Annual report of the Bengal Veterinary College and of the Civil Veterinary Department, Bengal, for the year 1917-18 - 1917-1918
Year: 1917
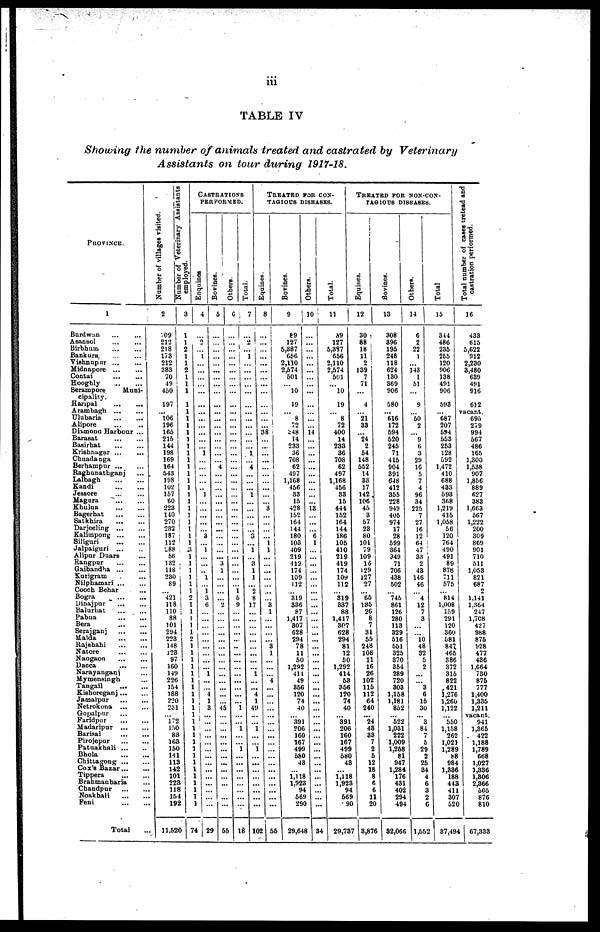
iii
TABLE
I V
Showing
the number
of animals
treated
and
castrated
by
Veterinary
Assistants on
tour
during
1917-18.
PROVINCE.
1
Burdwan ... ...
Asansol ... ...
Birbhum
...
...
Bankura
...
...
Vishnupur
...
...
Midnapore
...
...
Contai
...
...
Hooghly
...
...
Serampore
Muni-
cipality.
Haripal
...
...
Arambagh
...
...
Ulubaria
...
...
Alipore ... ..
Diamond Harbour ...
Barasat
...
...
Basirhat
...
...
Krishnagar ... ...
Chuadanga
Berhampur
...
...
Raghunathganj ...
Lalbagh
...
...
Kandi
...
...
Jessore ... ...
Magura ... ...
Khulna
...
...
Bagerhat
...
...
Satkhira
...
...
Darjeeling
...
...
Kalimpong
...
...
Siliguri
...
...
Jalpaiguri
...
...
Alipur Duars ...
Rangpur
...
...
Gaibandha
...
...
Kurigram . ...
Nilphamari
...
...
Cooch Behar ...
Bogra
...
...
Dinajpur
...
...
Balurhat
...
...
Pabna
...
...
Bera
...
...
Serajganj
...
...
Malda ... ...
Rajshahi
...
...
Natore
...
...
Naogaon
...
...
Dacca
...
...
Narayanganj ...
Mymensingh ...
Tangail
... ...
Kishoreganj ... ...
Jamalpur
...
...
Netrokona
...
...
Gopalpur ...
Faridpur
...
...
Madaripur
...
...
Barisal
...
...
Pirojepur
...
...
Patuakhali
...
..
Bhola
...
...
Chittagong ... ...
Cox's Bazar... ...
Tippera
...
...
Brahmanbaria ...
Chandpur
...
...
Noakhali
...
...
Feni
...
...
Total ...
Nu mb e r of villages visited.
2
109
212
218
173
212
383
70
49
450
197
...
106
196
165
215
144
198
169
164
543
198
102
157
60
223
140
270
232
187
112
288
56
132
118
230
89
...
421
118
110
88
101
294
223
148
123
97
160
149
226
154
188
220
231
...
172
150
83
163
150
141
113
142
101
223
118
154
192
11,520
Number
of
Veterinary
Assistants
employed.
3
1
1
2
1
1
2
1
1
1
1
1
1
1
1
1
1
1
1
1
1
1
1
1
1
1
1
1
1
1
1
3
1
1
1
1
1
1
2
1
1
1
1
1
1
1
1
1
1
1
1
1
1
1
1
1
1
1
1
1
1
1
1
1
1
1
1
1
1
74
CASTRATIONS
PERFORMED.
Enquines
4
...
2
...
1
...
...
...
...
...
...
...
...
...
...
...
...
1
...
...
...
...
..
1
...
...
...
...
...
3
...
1
...
...
..
1
...
1
3
6
...
...
...
...
...
...
...
...
...
1
...
...
1
1
3
...
...
...
...
...
...
...
...
...
...
...
...
...
...
29
Bovines.
5
...
...
...
...
...
...
...
...
...
...
...
...
...
...
...
...
...
...
4
...
...
...
...
...
...
...
...
...
...
...
...
...
3
1
...
...
...
...
2
...
...
...
...
...
...
...
...
...
...
...
...
...
...
45
...
...
...
...
...
...
...
...
...
...
...
...
...
...
55
6
...
...
...
...
...
...
...
...
...
...
...
...
...
...
...
...
...
...
...
...
...
...
...
...
...
...
...
...
...
...
...
...
...
...
...
...
1
5
9
...
...
...
...
...
...
...
...
...
...
...
...
...
...
1
...
...
1
...
...
1 ...
...
...
...
...
...
...
...
Total.
7
...
2
...
1
...
... I
...
...
...
...
...
...
...
...
...
1
...
4
...
...
...
1
...
...
...
...
...
3
...
1
...
3
1
1
...
2
8
17
...
...
...
...
...
...
...
...
...
1
...
...
4
1
49
...
...
1
...
...
1 ...
...
...
...
...
...
...
...
18
TREATED FOR CON¬
TAGIOUS DISEASES.
8
...
...
...
...
...
...
...
...
...
...
...
...
...
38
...
...
...
...
...
...
...
...
...
3
...
...
...
...
1
1
...
...
...
...
...
...
...
3
1
...
...
...
...
3
1
...
...
4
...
...
...
...
...
...
...
...
...
...
...
...
...
...
...
...
...
...
55
Bovines.
9
89
127
5,387
656
2,110
2,574
501
...
10
19
...
8
72
348
14
233
36
708
62
497
1,168
456
33
15
428
152
164
144
180
103
409
219
419
174
109
112
...
319
336
87
1,417
307
628
294
78
11
50
1,292
414
49
356
120
74
40
...
391
206
160
167
499
580
43
...
1,118
1,923
94
569
290
29,648
10
...
...
...
...
...
...
...
...
...
...
...
...
14
...
...
...
...
...
...
...
...
...
...
13
...
...
6
1
...
...
...
...
...
...
...
...
...
...
...
...
...
...
...
...
...
...
...
...
...
...
...
...
...
...
...
...
...
...
...
...
...
...
34
Total.
11
89
127
5,387
656
2,110
2,574
501
...
10
19
...
8
72
400
14
233
36
708
62
497
1,168
456
33
15
444
152
164
144
186
105
410
219
419
174
109
112
...
319
337
88
1,417
307
628
294
81
12
50
1,292
414
53
356
120
74
40
...
391
206
160
167
499
580
43
...
1,118
1,923
94
569
90
29,737
TREATED FOR NON-CON¬
TAGIOUS DISEASES.
Equines.
12
30
88
18
11
2
139
7
71
4
...
21
33
...
24
2
54
148
552
14
33
17
142
106
45
3
57
23
80
101
79
109
16
129
127
27
...
65
135
26
8
7
31
55
248
108
11
16
26
102
115
112
64
240
...
24
43
33
7
2
5
12
18
8
6
6
11
20
3,876
Bovines.
13
308
396
195
248
118
624
130
369
906
580
...
616
172
594
520
245
71
415
904
391
648
412
355
228
949
405
974
17
28
599
364
349
71
706
438
502
...
745
861
126
280
113
329
516
551
325
370
354
289
720
303
1,158
1,181
852
...
522
1,031
222
1,009
1,258
81
947
1,284
176
431
402
294
494
32,066
Others.
14
6
2
22
1
...
143
1
51
...
9
...
50
2
...
9
6
3
29
16
5
7
4
96
34
225
7
27
16
12
64
47
33
2
43
146
46
...
4
12
7
3
...
...
10
48
32
5
2
...
...
3
6
15
30
...
3
84
7
5
29
2
25
34
4
6
3
2
C
1,552
Total
15
344
486
235
255
120
906
138
491
906
593
...
687
207
594
553
253
128
592
1,472
410
688
433
593
368
1,219
415
1,058
56
120
764
490
491
89
878
711
575
...
814
1,008
159
291
120
360
681
847
465
386
372
315
822
421
1,276
1,260
1,122
...
550
1,158
262
1,021
1,289
88
984
1,336
188
443
411
307
520
37,494
Total number of cases tretead and
castration performed.
16
433
615
5,622
912
2,230
3,480
639
491
916
612
vacant
695
279
994
567
486
165
1,300
1,538
907
1,856
889
627
383
1,663
567
1,222
200
309
869
901
710
511
1,053
821
687
2
1,141
1.364
247
1,708
427
988
875
928
477
436
1,664
730
875
777
1,400
1,335
1,211
vacant
941
1,365
422
1,188
1,789
668
1,027
1,336
1,306
2,366
505
876
810
67,333